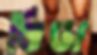
ভিডা